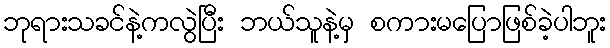
ဘုရားသခင်နဲ့ကလွဲပြီး ဘယ်သူနဲ့မှ စကားမပြောဖြစ်ခဲ့ပါဘူး